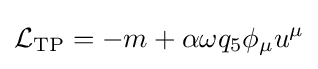
{\mathcal {L}}_{\mathrm {TP} }=-m+\alpha \omega q_{5}\phi _{\mu }u^{\mu }